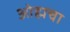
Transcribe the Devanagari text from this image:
ओह्मचा